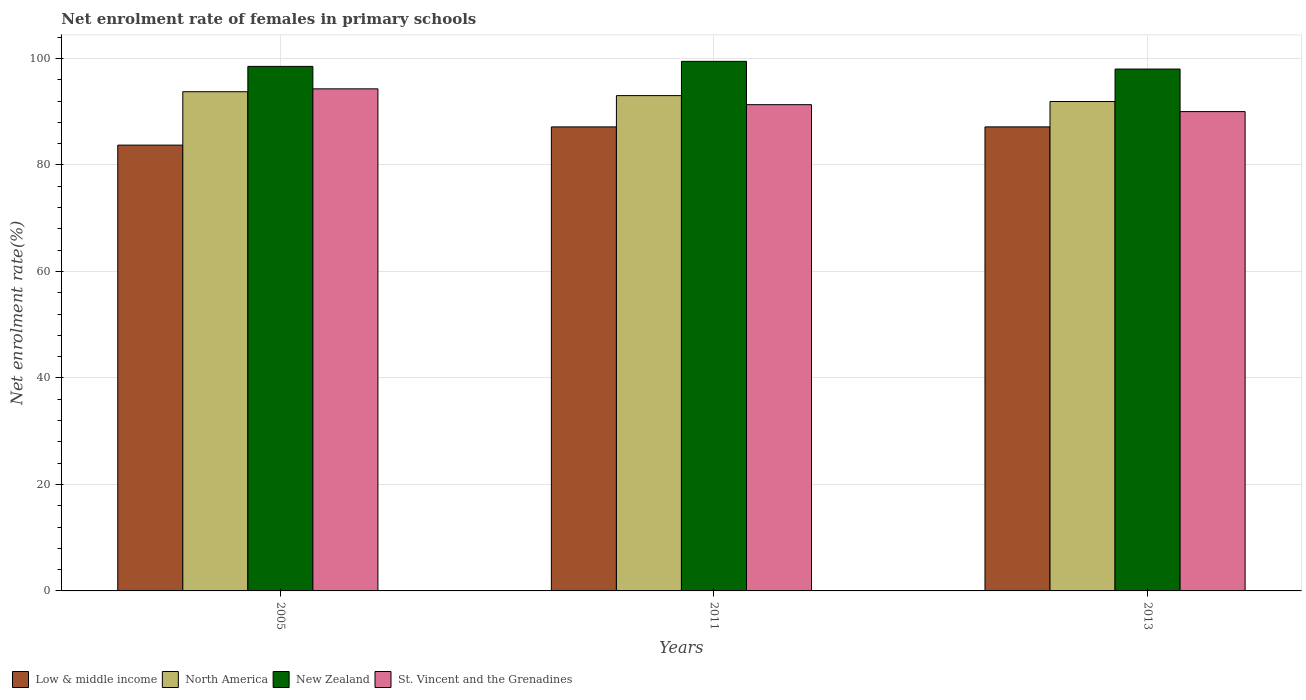
| Years | Low & middle income | North America | New Zealand | St. Vincent and the Grenadines |
 | --- | --- | --- | --- | --- |
 | 2005 | 83.7 | 93.8 | 98.5 | 94.3 |
 | 2011 | 87.2 | 93 | 99.5 | 91.3 |
 | 2013 | 87.2 | 91.9 | 98 | 90 |